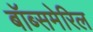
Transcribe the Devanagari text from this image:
बॉब्समेरिल